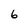
Character: 6